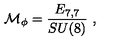
{ \cal M } _ { \phi } = \frac { E _ { 7 , 7 } } { S U ( 8 ) } \ ,